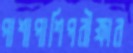
পাশাপাশিপরীক্ষার